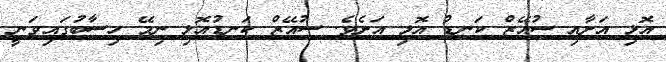
އޮޅި އަށާއި ސުއޭޒް ކަނޑު އޮޅި އަށެވެ. ސުއޭޒް ކަނޑުއޮޅި ނިމޭ ހިސާބުގައިވަނީ